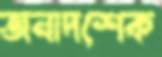
জনাদশেক